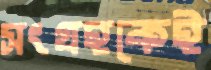
সংগ্রহকেই